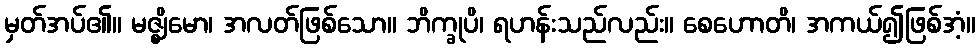
မှတ်အပ်၏။ မဇ္ဈိမော၊ အလတ်ဖြစ်သော။ ဘိက္ခုပိ၊ ရဟန်းသည်လည်း။ စေဟောတိ၊ အကယ်၍ဖြစ်အံ့။